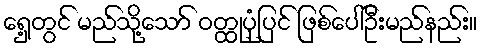
ရှေ့တွင် မည်သို့သော် ဝတ္ထုပုံပြင် ဖြစ်ပေါ်ဦးမည်နည်း။